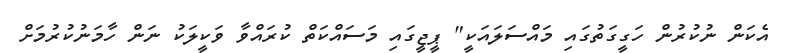
އެކަން ނުކުރުން ހަގީގަތުގައި މައްސަލައަކީ" ޕީޖީގައި މަސައްކަތް ކުރައްވާ ވަކީލަކު ނަން ހާމަނުކުރުމަށް